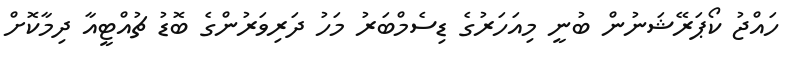
ހައްޖު ކޯޕަރޭޝަނުން ބުނީ މިއަހަރުގެ ޑިސެމްބަރު މަހު ދަރިވަރުންގެ ބޮޑު ޗުއްޓީއާ ދިމާކޮށް